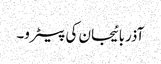
آذربائیجان کی پیٹرو۔